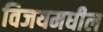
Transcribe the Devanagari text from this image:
विजयमधील